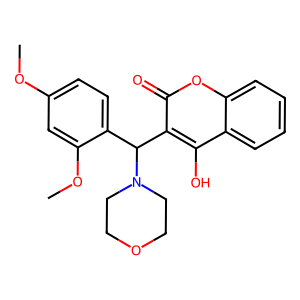
SMILES: COc1ccc(C(c2c(O)c3ccccc3oc2=O)N2CCOCC2)c(OC)c1
Inhibits HIV replication: No